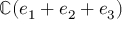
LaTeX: \mathbb { C } ( e _ { 1 } + e _ { 2 } + e _ { 3 } )